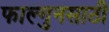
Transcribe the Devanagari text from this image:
फाल्गुनसाठी